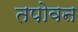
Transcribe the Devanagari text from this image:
तपोवऩ